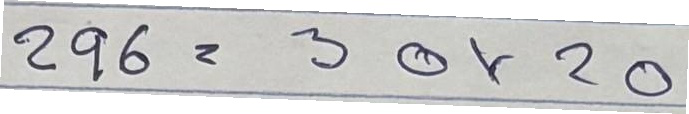
296 = 30x20